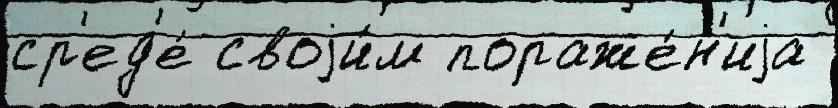
ср'ед'е́ своjи́м пораже́н'иjа